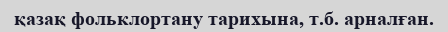
қазақ фольклортану тарихына, т.б. арналған.